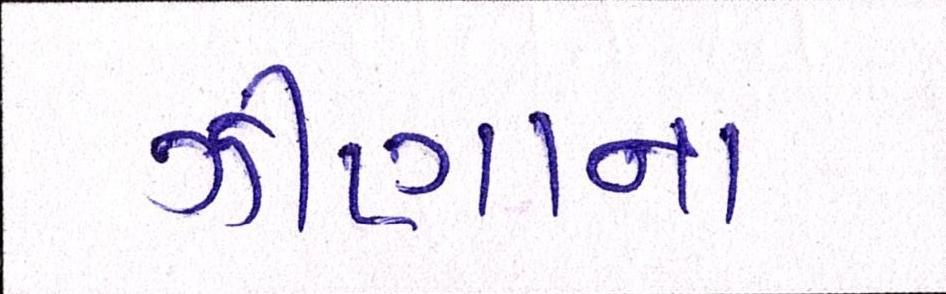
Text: ઝીણાના